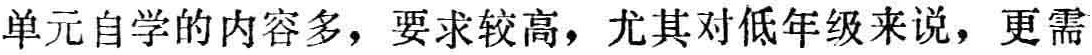
单元自学的内容多，要求较高，尤其对低年级来说，更需